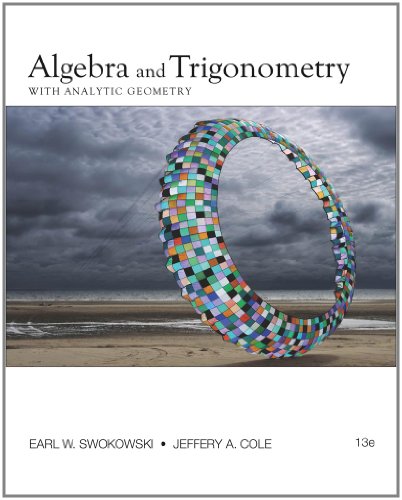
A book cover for Algebra and Trigonometry with Analytic Geometry (College Algebra and Trigonometry); Earl W. Swokowski; Science & Math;